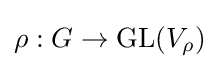
\rho :G\to {\text{GL}}(V_{\rho })